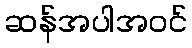
ဆန်အပါအဝင်